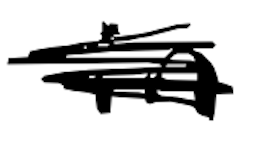
Text: in
Cross-out: mix
Writing tool: digital_black